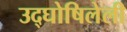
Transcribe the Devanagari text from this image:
उद्‌घोषिलेली